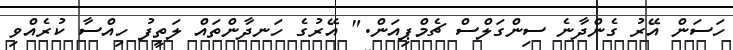
ހަސަން އޭރު ގެންދާނެ ސިންގަލްސް ޗެމްޕިއަން." އޭރުގެ ހަނދާންތައް ލަތީފު ހިއްސާ ކުރެއްވި